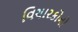
વિચારકોનો